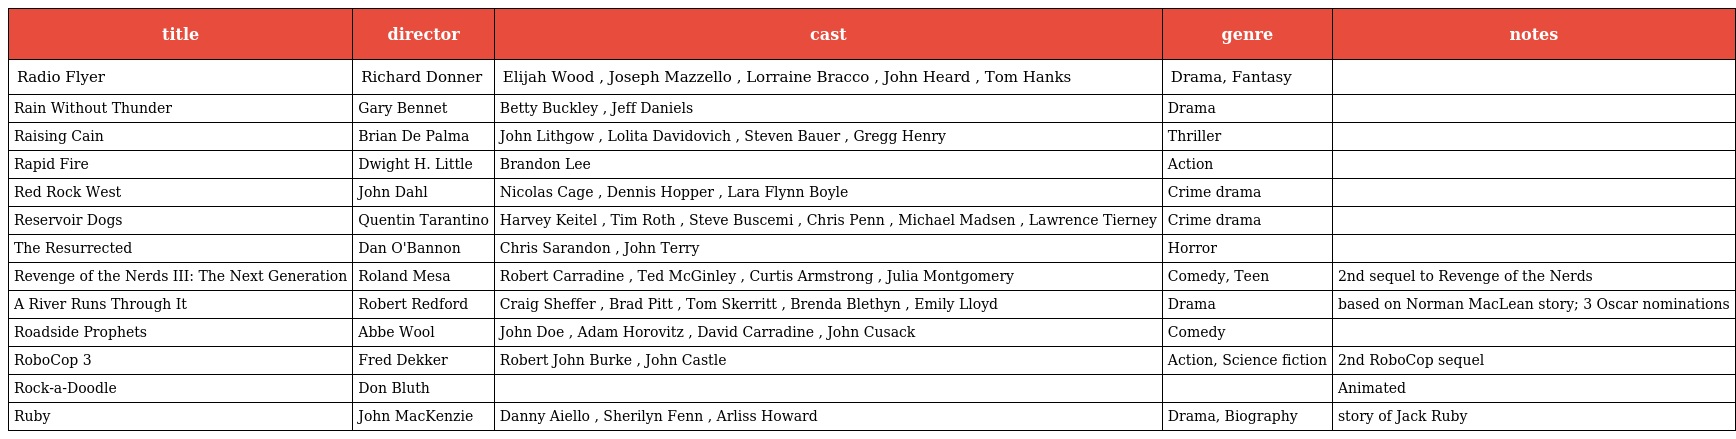
| title | director | cast | genre | notes |
 | --- | --- | --- | --- | --- |
 | Radio Flyer | Richard Donner | Elijah Wood , Joseph Mazzello , Lorraine Bracco , John Heard , Tom Hanks | Drama, Fantasy |  |
 | Rain Without Thunder | Gary Bennet | Betty Buckley , Jeff Daniels | Drama |  |
 | Raising Cain | Brian De Palma | John Lithgow , Lolita Davidovich , Steven Bauer , Gregg Henry | Thriller |  |
 | Rapid Fire | Dwight H. Little | Brandon Lee | Action |  |
 | Red Rock West | John Dahl | Nicolas Cage , Dennis Hopper , Lara Flynn Boyle | Crime drama |  |
 | Reservoir Dogs | Quentin Tarantino | Harvey Keitel , Tim Roth , Steve Buscemi , Chris Penn , Michael Madsen , Lawrence Tierney | Crime drama |  |
 | The Resurrected | Dan O'Bannon | Chris Sarandon , John Terry | Horror |  |
 | Revenge of the Nerds III: The Next Generation | Roland Mesa | Robert Carradine , Ted McGinley , Curtis Armstrong , Julia Montgomery | Comedy, Teen | 2nd sequel to Revenge of the Nerds |
 | A River Runs Through It | Robert Redford | Craig Sheffer , Brad Pitt , Tom Skerritt , Brenda Blethyn , Emily Lloyd | Drama | based on Norman MacLean story; 3 Oscar nominations |
 | Roadside Prophets | Abbe Wool | John Doe , Adam Horovitz , David Carradine , John Cusack | Comedy |  |
 | RoboCop 3 | Fred Dekker | Robert John Burke , John Castle | Action, Science fiction | 2nd RoboCop sequel |
 | Rock-a-Doodle | Don Bluth |  |  | Animated |
 | Ruby | John MacKenzie | Danny Aiello , Sherilyn Fenn , Arliss Howard | Drama, Biography | story of Jack Ruby |